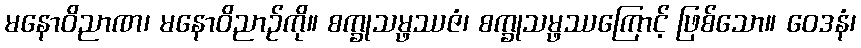
မနောဝိညာဏ၊ မနောဝိညာဉ်ကို။ စက္ခုသမ္ဖဿဇံ၊ စက္ခုသမ္ဖဿကြောင့် ဖြစ်သော။ ဝေဒနံ၊